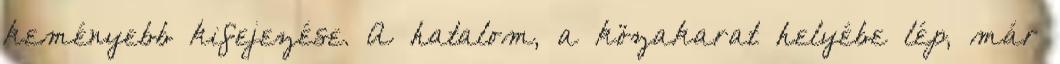
keményebb kifejezése. A hatalom, a közakarat helyébe lép, már